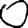
Digit: 0